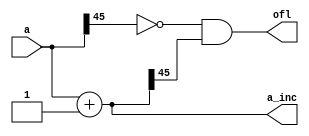
// Modified by Princeton University on June 9th, 2015
// ========== Copyright Header Begin ==========================================
// 
// OpenSPARC T1 Processor File: sparc_ifu_incr46.v
// Copyright (c) 2006 Sun Microsystems, Inc.  All Rights Reserved.
// DO NOT ALTER OR REMOVE COPYRIGHT NOTICES.
// 
// The above named program is free software; you can redistribute it and/or
// modify it under the terms of the GNU General Public
// License version 2 as published by the Free Software Foundation.
// 
// The above named program is distributed in the hope that it will be 
// useful, but WITHOUT ANY WARRANTY; without even the implied warranty of
// MERCHANTABILITY or FITNESS FOR A PARTICULAR PURPOSE.  See the GNU
// General Public License for more details.
// 
// You should have received a copy of the GNU General Public
// License along with this work; if not, write to the Free Software
// Foundation, Inc., 51 Franklin St, Fifth Floor, Boston, MA 02110-1301, USA.
// 
// ========== Copyright Header End ============================================
////////////////////////////////////////////////////////////////////////
/*
//  Description:	
//  Contains the pc incrementer.
*/

module sparc_ifu_incr46(a, a_inc, ofl);
   input  [45:0]  a;
   output [45:0]  a_inc;
   output 	  ofl;
   
   reg [45:0] 	  a_inc;
   reg 		  ofl;
   
   always @ (a)
     begin
	      a_inc = a + (46'b1);
	      ofl = (~a[45]) & a_inc[45];
     end
   
   
   
endmodule // sparc_ifu_incr46